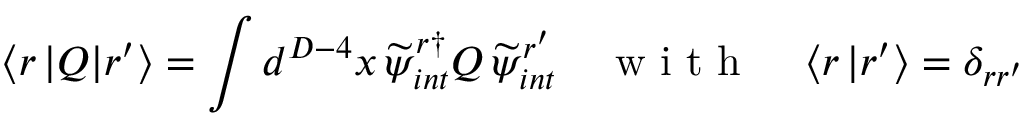
\left\langle r \, | Q | r ^ { \prime } \right\rangle = \int d ^ { D - 4 } x \, \widetilde { \psi } _ { i n t } ^ { r \dagger } Q \, \widetilde { \psi } _ { i n t } ^ { r ^ { \prime } } \quad \mathrm { ~ w ~ i ~ t ~ h ~ } \quad \left\langle r \, | r ^ { \prime } \right\rangle = \delta _ { r r ^ { \prime } }